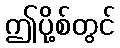
ဤပို့စ်တွင်